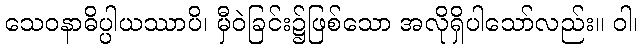
သေဝနာဓိပ္ပါယဿာပိ၊ မှီဝဲခြင်း၌ဖြစ်သော အလိုရှိပါသော်လည်း။ ဝါ၊